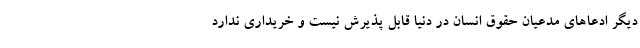
دیگر ادعاهای مدعیان حقوق انسان در دنیا قابل پذیرش نیست و خریداری ندارد